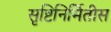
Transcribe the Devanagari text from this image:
सृष्टिनिर्मितीस